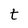
Character: t